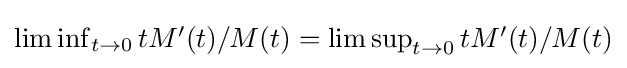
{\textstyle \liminf _{t\to 0}tM'(t)/M(t)=\limsup _{t\to 0}tM'(t)/M(t)}